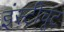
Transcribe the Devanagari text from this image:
इंस्टीचूट